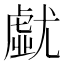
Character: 𡰐